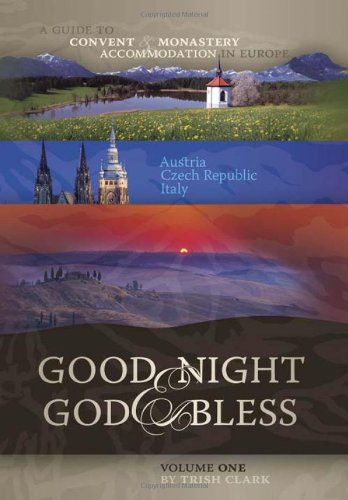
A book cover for Good Night and God Bless: A Guide to Convent & Monastery Accommodation in Europe: Austria, Czech Republic, Italy; Trish Clark; Travel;